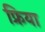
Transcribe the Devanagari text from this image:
फ्रिया